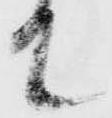
て